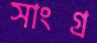
সাংগ্র